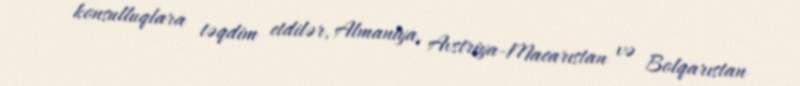
konsulluqlara təqdim etdilər, Almaniya, Avstriya-Macarıstan və Bolqarıstan